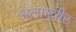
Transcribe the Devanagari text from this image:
अलास्त्रीर